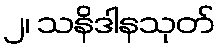
၂၊ သနိဒါနသုတ်